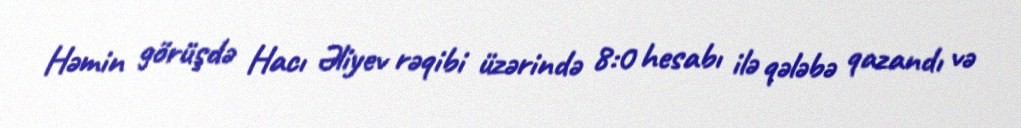
Həmin görüşdə Hacı Əliyev rəqibi üzərində 8:0 hesabı ilə qələbə qazandı və